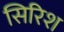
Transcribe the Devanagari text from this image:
सिरिश